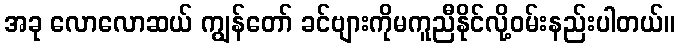
အခု လောလောဆယ် ကျွန်တော် ခင်ဗျားကိုမကူညီနိုင်လို့ဝမ်းနည်းပါတယ်။